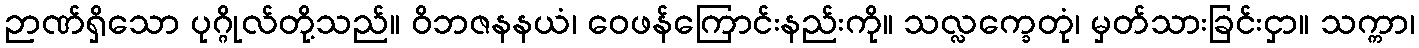
ဉာဏ်ရှိသော ပုဂ္ဂိုလ်တို့သည်။ ဝိဘဇနနယံ၊ ဝေဖန်ကြောင်းနည်းကို။ သလ္လက္ခေတုံ၊ မှတ်သားခြင်းငှာ။ သက္ကာ၊